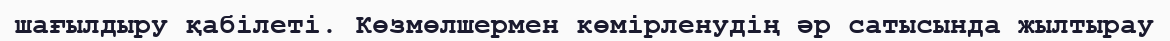
шағылдыру қабілеті. Көзмөлшермен көмірленудің әр сатысында жылтырау